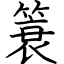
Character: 簑